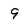
Character: 9